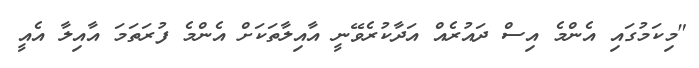
"މިކަމުގައި އެންމެ އިސް ދައުރެއް އަދާކުރެވޭނީ އާއިލާތަކަށް އެންމެ ފުރަތަމަ އާއިލާ އެއީ